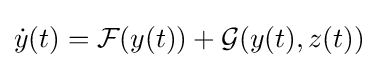
{\dot {y}}(t)={\mathcal {F}}(y(t))+{\mathcal {G}}(y(t),z(t))